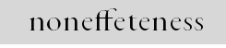
noneffeteness